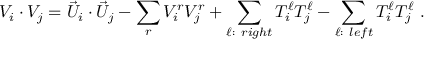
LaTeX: V _ { i } \cdot V _ { j } = { \vec { U } } _ { i } \cdot { \vec { U } } _ { j } - \sum _ { r } V _ { i } ^ { r } V _ { j } ^ { r } + \sum _ { \ell : ~ r i g h t } T _ { i } ^ { \ell } T _ { j } ^ { \ell } - \sum _ { \ell : ~ l e f t } T _ { i } ^ { \ell } T _ { j } ^ { \ell } ~ .